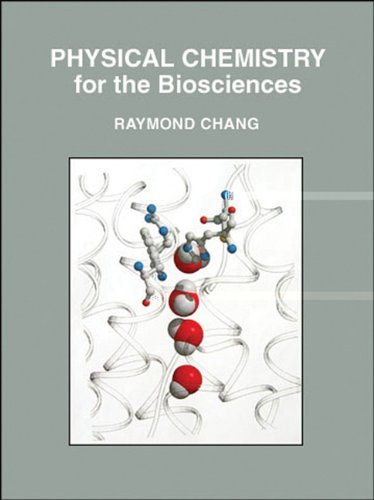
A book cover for Physical Chemistry for the Biosciences; Raymond Chang; Medical Books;